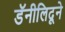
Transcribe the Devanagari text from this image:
डॅनीलिदूने